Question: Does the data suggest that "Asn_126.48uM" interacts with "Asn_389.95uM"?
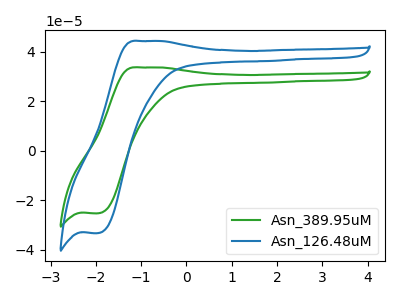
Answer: <think>The green curve "Asn_389.95uM" has an anodic peak at (-1.05V, 33.65uA) and a cathodic peak at (-1.95V, -25.25uA). The blue curve "Asn_126.48uM" has an anodic peak at (-1.05V, 44.30uA) and a cathodic peak at (-1.95V, -33.25uA).
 All the peaks in "Asn_126.48uM" have a peak in "Asn_389.95uM" at the same potential. Every peak in "Asn_126.48uM" is higher than every peak in "Asn_389.95uM".</think>
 <answer>No, "Asn_126.48uM" and "Asn_389.95uM" don't appear to be significantly different in shape</answer>
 <eval>no_change</eval>